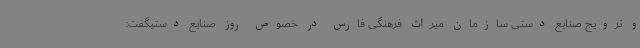
و ترویج صنایع دستی سازمان میراث فرهنگی فارس در خصوص روز صنایع دستیگفت: